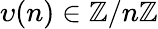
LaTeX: \upsilon(n)\in\mathbb{Z}/n\mathbb{Z}